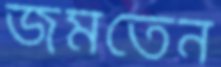
জমতেন